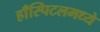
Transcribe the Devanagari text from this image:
हाँस्पिटलमध्ये